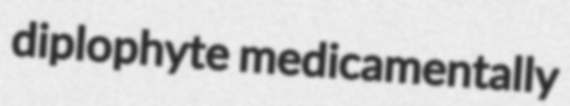
diplophyte medicamentally